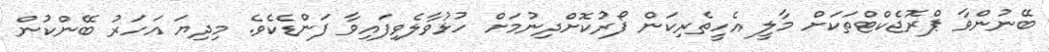
ބޭނުންވާ ޕްރޮޖެކްޓްތަކަށް މާލީ އެހީތެރިކަން ފޯރުކޮށްދިނުމަށް ހުޅުވާލެވިފައިވާ ފަންޑެކެވެ. މިދިޔަ އަހަރު ބޭންކުން